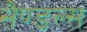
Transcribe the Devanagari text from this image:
सैण्डल्स